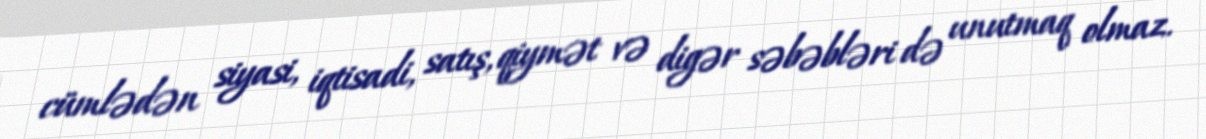
cümlədən siyasi, iqtisadi, satış, qiymət və digər səbəbləri də unutmaq olmaz.